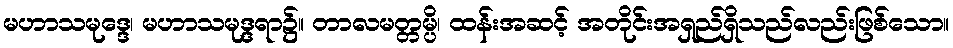
မဟာသမုဒ္ဒေ၊ မဟာသမုဒ္ဒရာ၌။ တာလမတ္တမ္ပိ၊ ထန်းအဆင့် အတိုင်းအရှည်ရှိသည်လည်းဖြစ်သော။